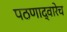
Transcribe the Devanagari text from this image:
पठणाद्वारेच